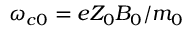
\omega _ { c 0 } = e Z _ { 0 } B _ { 0 } / m _ { 0 }